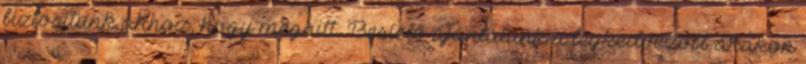
biztosítunk ahhoz, hogy meghitt. Besíelő ajánlatunk a legkedvezőbb árakon